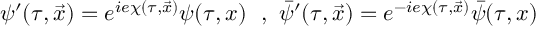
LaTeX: \psi ^ { \prime } ( \tau , \vec { x } ) = e ^ { i e \chi ( \tau , \vec { x } ) } \psi ( \tau , x ) { } ~ ~ , ~ \bar { \psi } ^ { \prime } ( \tau , \vec { x } ) = e ^ { - i e \chi ( \tau , \vec { x } ) } \bar { \psi } ( \tau , x )